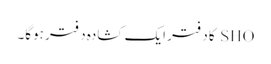
SHO کا دفتر ایک کشادہ دفتر ہوگا۔